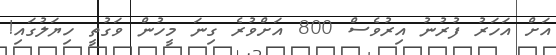
އަށް އަހަރު ފުރުނު އިރުވެސް 800 އަށްވުރެ ގިނަ މީހުން ވަގުތީ ހިޔަލުގައި!